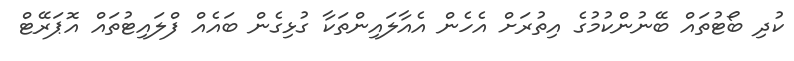
ކުދި ބޯޓުތައް ބޭނުންކުމުގެ އިތުރަށް އެހެން އެއާލައިންތަކާ ގުޅިގެން ބައެއް ފްލައިޓުތައް އޮޕަރޭޓް